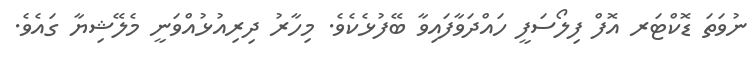
ނުވަތަ ޑޮކްޓަރ އޮފް ފިލޯސަފީ ހައްދަވާފައިވާ ބޭފުޅެކެވެ. މިހާރު ދިރިއުޅުއްވަނީ މެލޭޝިޔާ ގައެވެ.